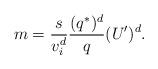
LaTeX: \begin{align*}m=\frac{s}{v_i^d}\frac{(q^*)^d}{q}(U')^d.\end{align*}